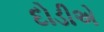
દોડીએ